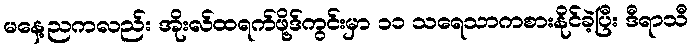
မနေ့ညကလည်း အိုးလ်ထရက်ဖို့ဒ်ကွင်းမှာ ၁၁ သရေသာကစားနိုင်ခဲ့ပြီး ဒီရာသီ